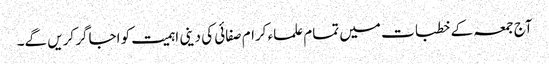
آج جمعہ کے خطبات میں تمام علماء کرام صفائی کی دینی اہمیت کو اجاگر کریں گے۔